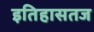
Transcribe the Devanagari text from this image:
इतिहासतज